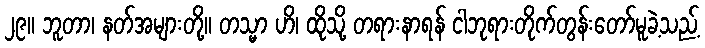
၂၉။ ဘူတာ၊ နတ်အများတို့။ တသ္မာ ဟိ၊ ထိုသို့ တရားနာရန် ငါဘုရားတိုက်တွန်းတော်မူခဲ့သည့်